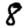
Digit: 8